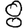
Digit: 8